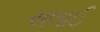
સલાઈ